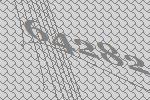
64282